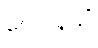
ဂေါပါနသိံ